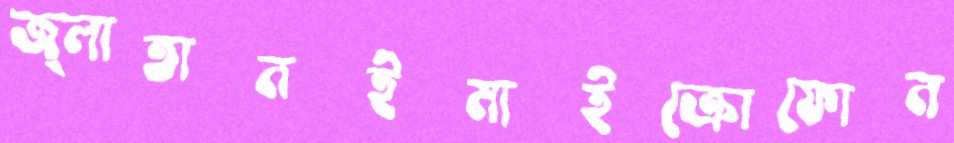
জ্লাতানইমাইক্রোফোন